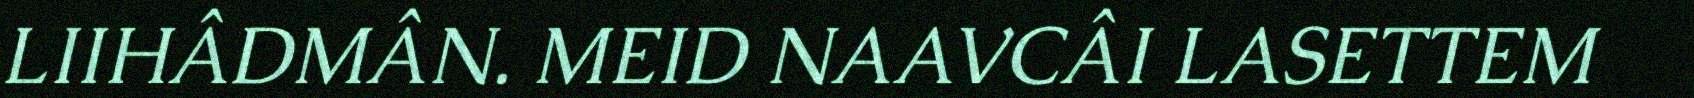
LIIHÂDMÂN. MEID NAAVCÂI LASETTEM